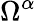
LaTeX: \Omega^{\alpha}